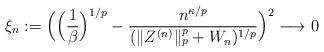
LaTeX: \begin{align*} \xi_n := \Big(\Big(\frac{1}{\beta}\Big)^{1/p} - \frac{n^{\kappa/p}}{(\lVert Z^{(n)} \rVert_p^p + W_n)^{1/p}}\Big)^2 \longrightarrow 0\end{align*}